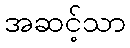
အဆင့်သာ